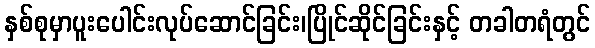
နှစ်စုမှာပူးပေါင်းလုပ်ဆောင်ခြင်း၊ပြိုင်ဆိုင်ခြင်းနှင့် တခါတရံတွင်